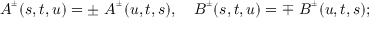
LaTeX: A ^ { ^ { \pm } } ( s , t , u ) = \pm \ A ^ { ^ \pm } ( u , t , s ) , \quad B ^ { ^ \pm } ( s , t , u ) = \mp \ B ^ { ^ \pm } ( u , t , s ) ;